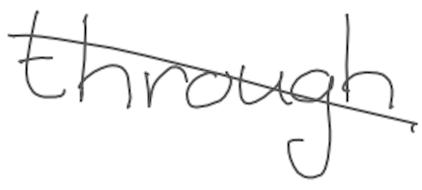
Text: through
Cross-out: diagonal
Writing tool: digital_gray